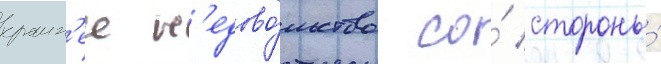
краин'ее н'едово́льство со́ стороны́